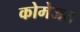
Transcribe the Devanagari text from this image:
कोमेजत